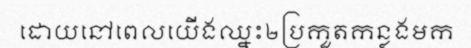
ដោយនៅពេលយើងឈ្នះ២ប្រកួតកន្លងមក